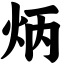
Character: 炳